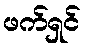
ဖက်ရှင်